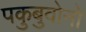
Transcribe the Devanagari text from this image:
पकुबुवोनो